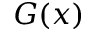
G ( x )